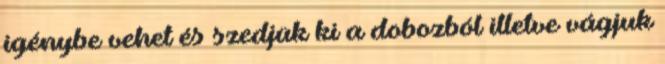
igénybe vehet és szedjük ki a dobozból illetve vágjuk